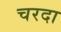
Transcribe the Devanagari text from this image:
चरदा